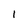
Character: 1